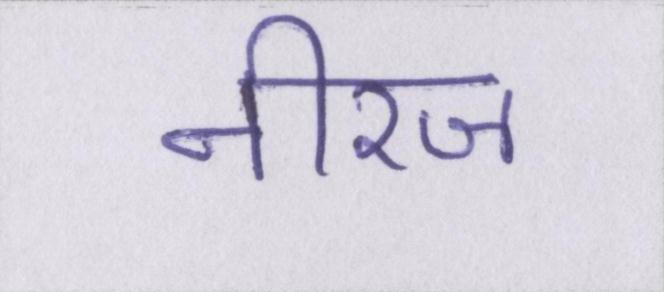
नीरज